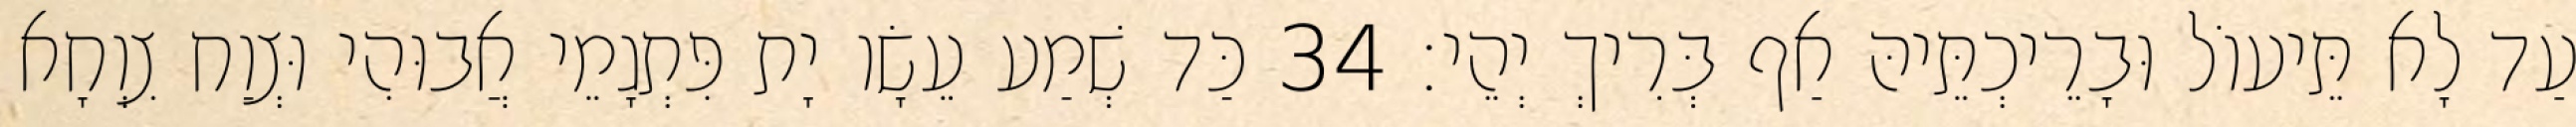
עַד לָא תֵּיעוֹל וּבָרֵיכְתֵּיהּ אַף בְּרִיךְ יְהֵי׃ 34 כַּד שְׁמַע עֵשָׂו יָת פִּתְגָמֵי אֲבוּהִי וּצְוַח צִוְחָא